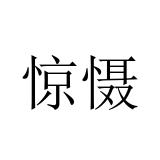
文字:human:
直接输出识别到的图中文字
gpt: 惊慑